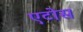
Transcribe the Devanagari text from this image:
एटोस